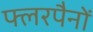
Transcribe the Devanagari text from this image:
फ्लरपैनों